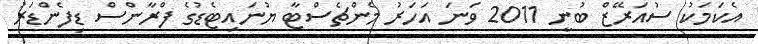
އެކަމަކު ސުއަރޭޒް ބުނީ 2011 ވަނަ އަހަރު މެންޗެސްޓާ ޔުނައިޓެޑުގެ ފްރާންސް ޑިފެންޑަރު